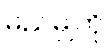
မည်မျှကို